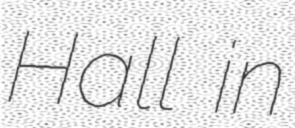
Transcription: Hall in